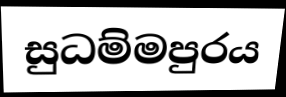
සුධම්මපුරය